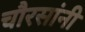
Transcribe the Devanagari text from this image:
चौरसांनी